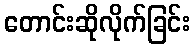
တောင်းဆိုလိုက်ခြင်း